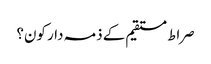
صراط مستقیم کے ذمہ دار کون؟